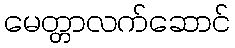
မေတ္တာလက်ဆောင်